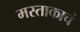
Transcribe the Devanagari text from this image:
मस्ताकाचं